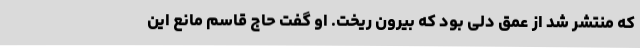
که منتشر شد از عمق دلی بود که بیرون ریخت. او گفت حاج قاسم مانع این